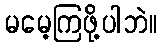
မမေ့ကြဖို့ပါဘဲ။